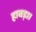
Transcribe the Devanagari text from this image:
हावड़ा।